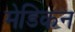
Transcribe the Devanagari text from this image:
मेडिकन